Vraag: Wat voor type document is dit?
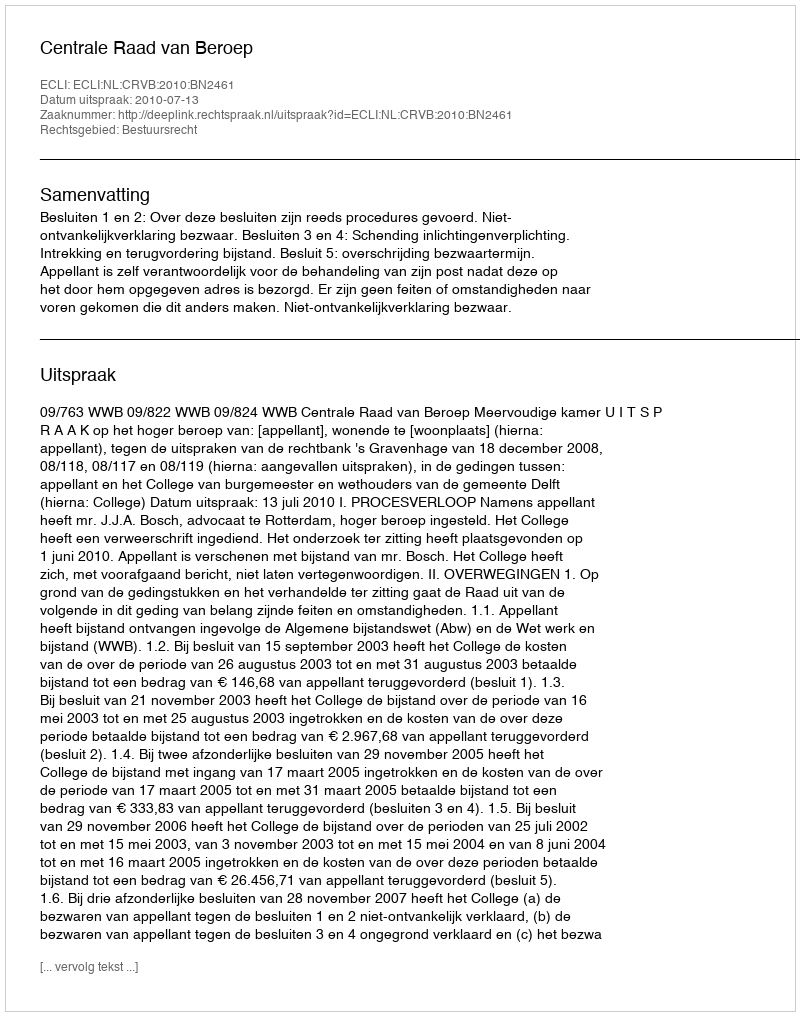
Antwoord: Uitspraak